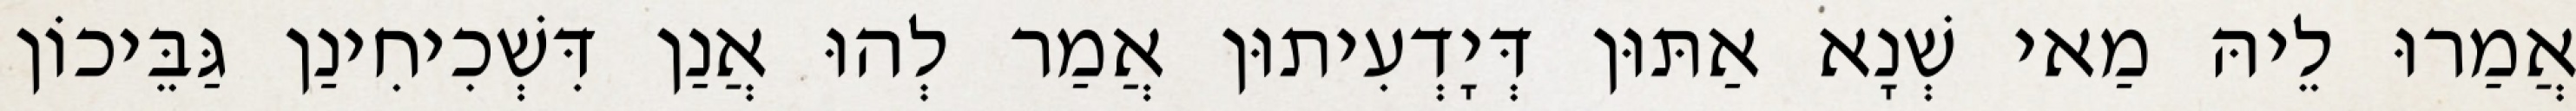
אֲמַרוּ לֵיהּ מַאי שְׁנָא אַתּוּן דְּיָדְעִיתוּן אֲמַר לְהוּ אֲנַן דִּשְׁכִיחִינַן גַּבֵּיכוֹן